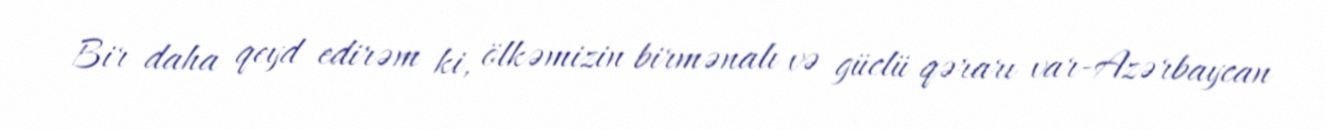
Bir daha qeyd edirəm ki, ölkəmizin birmənalı və güclü qərarı var-Azərbaycan